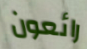
رائعون